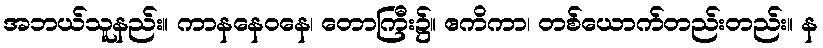
အဘယ်သူနည်း။ ကာနနေဝနေ၊ တောကြီး၌။ ဧကိကာ၊ တစ်ယောက်တည်းတည်း။ န